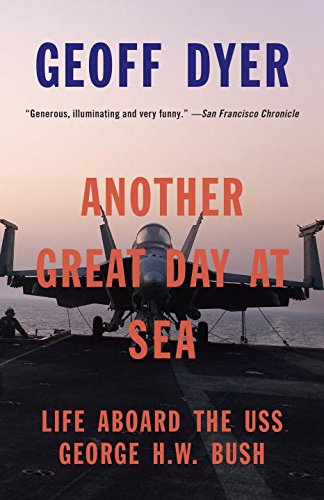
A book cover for Another Great Day at Sea: Life Aboard the USS George H.W. Bush; Geoff Dyer; Arts & Photography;